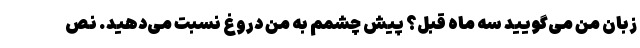
زبان من می‌گویید سه ماه قبل؟ پیش چشمم به من دروغ نسبت می‌دهید. نص